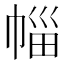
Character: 𭘦